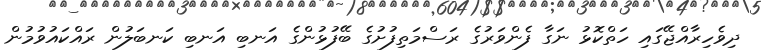
ދިވެހިރާއްޖޭގައި ހަތްކޮޅު ނަގާ ފެންވަރުގެ ރަސްމަތިފުށުގެ ބޭފުޅުންގެ އަނބި އަނބި ކަނބަލުން ރައްކައުވުމުން